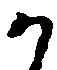
か